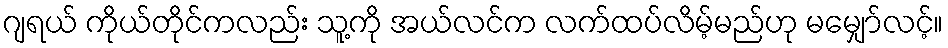
ဂျရယ် ကိုယ်တိုင်ကလည်း သူ့ကို အယ်လင်က လက်ထပ်လိမ့်မည်ဟု မမျှော်လင့်။